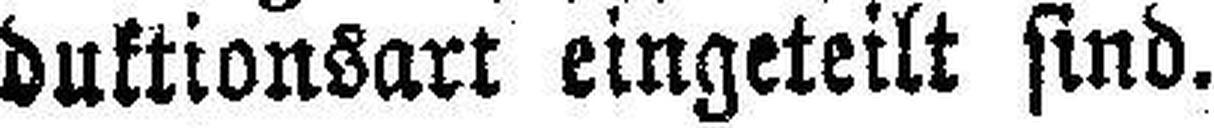
duktionsart eingeteilt sind.